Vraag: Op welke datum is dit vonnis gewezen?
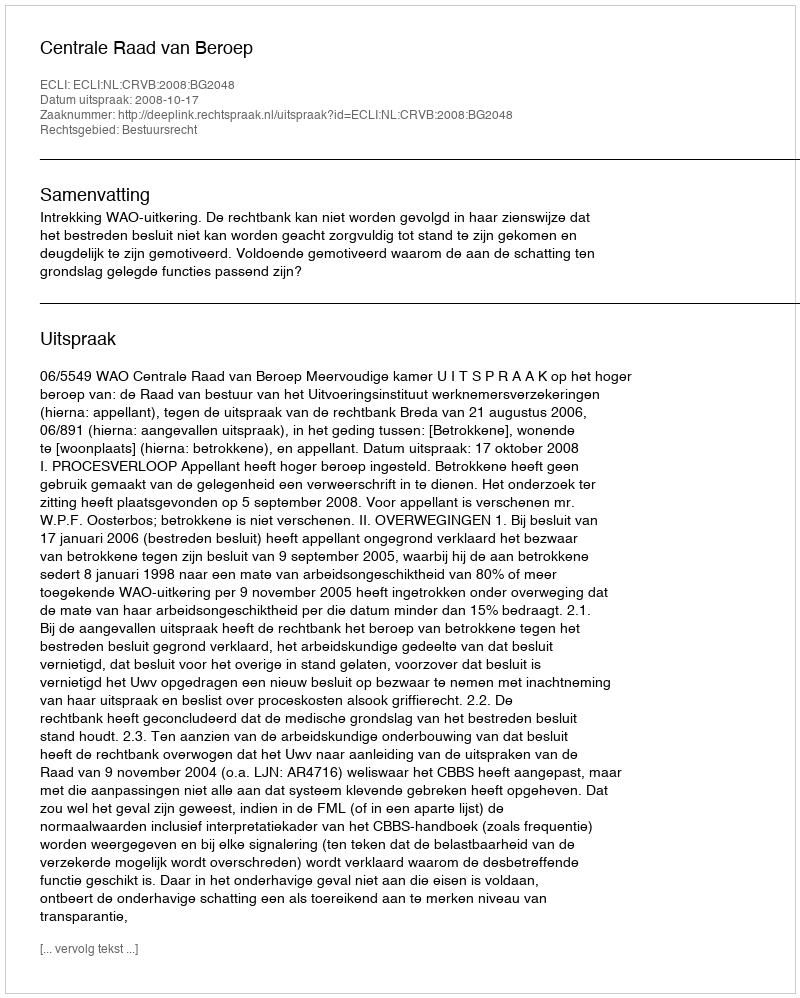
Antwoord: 2008-10-17